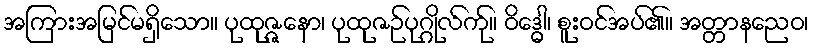
အကြားအမြင်မရှိသော။ ပုထုဇ္ဇနော၊ ပုထုဇဉ်ပုဂ္ဂိုလ်က်ု။ ဝိဒ္ဓေါ၊ စူးဝင်အပ်၏။ အတ္တာနညေဝ၊